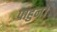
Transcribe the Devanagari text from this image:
पाहुन।